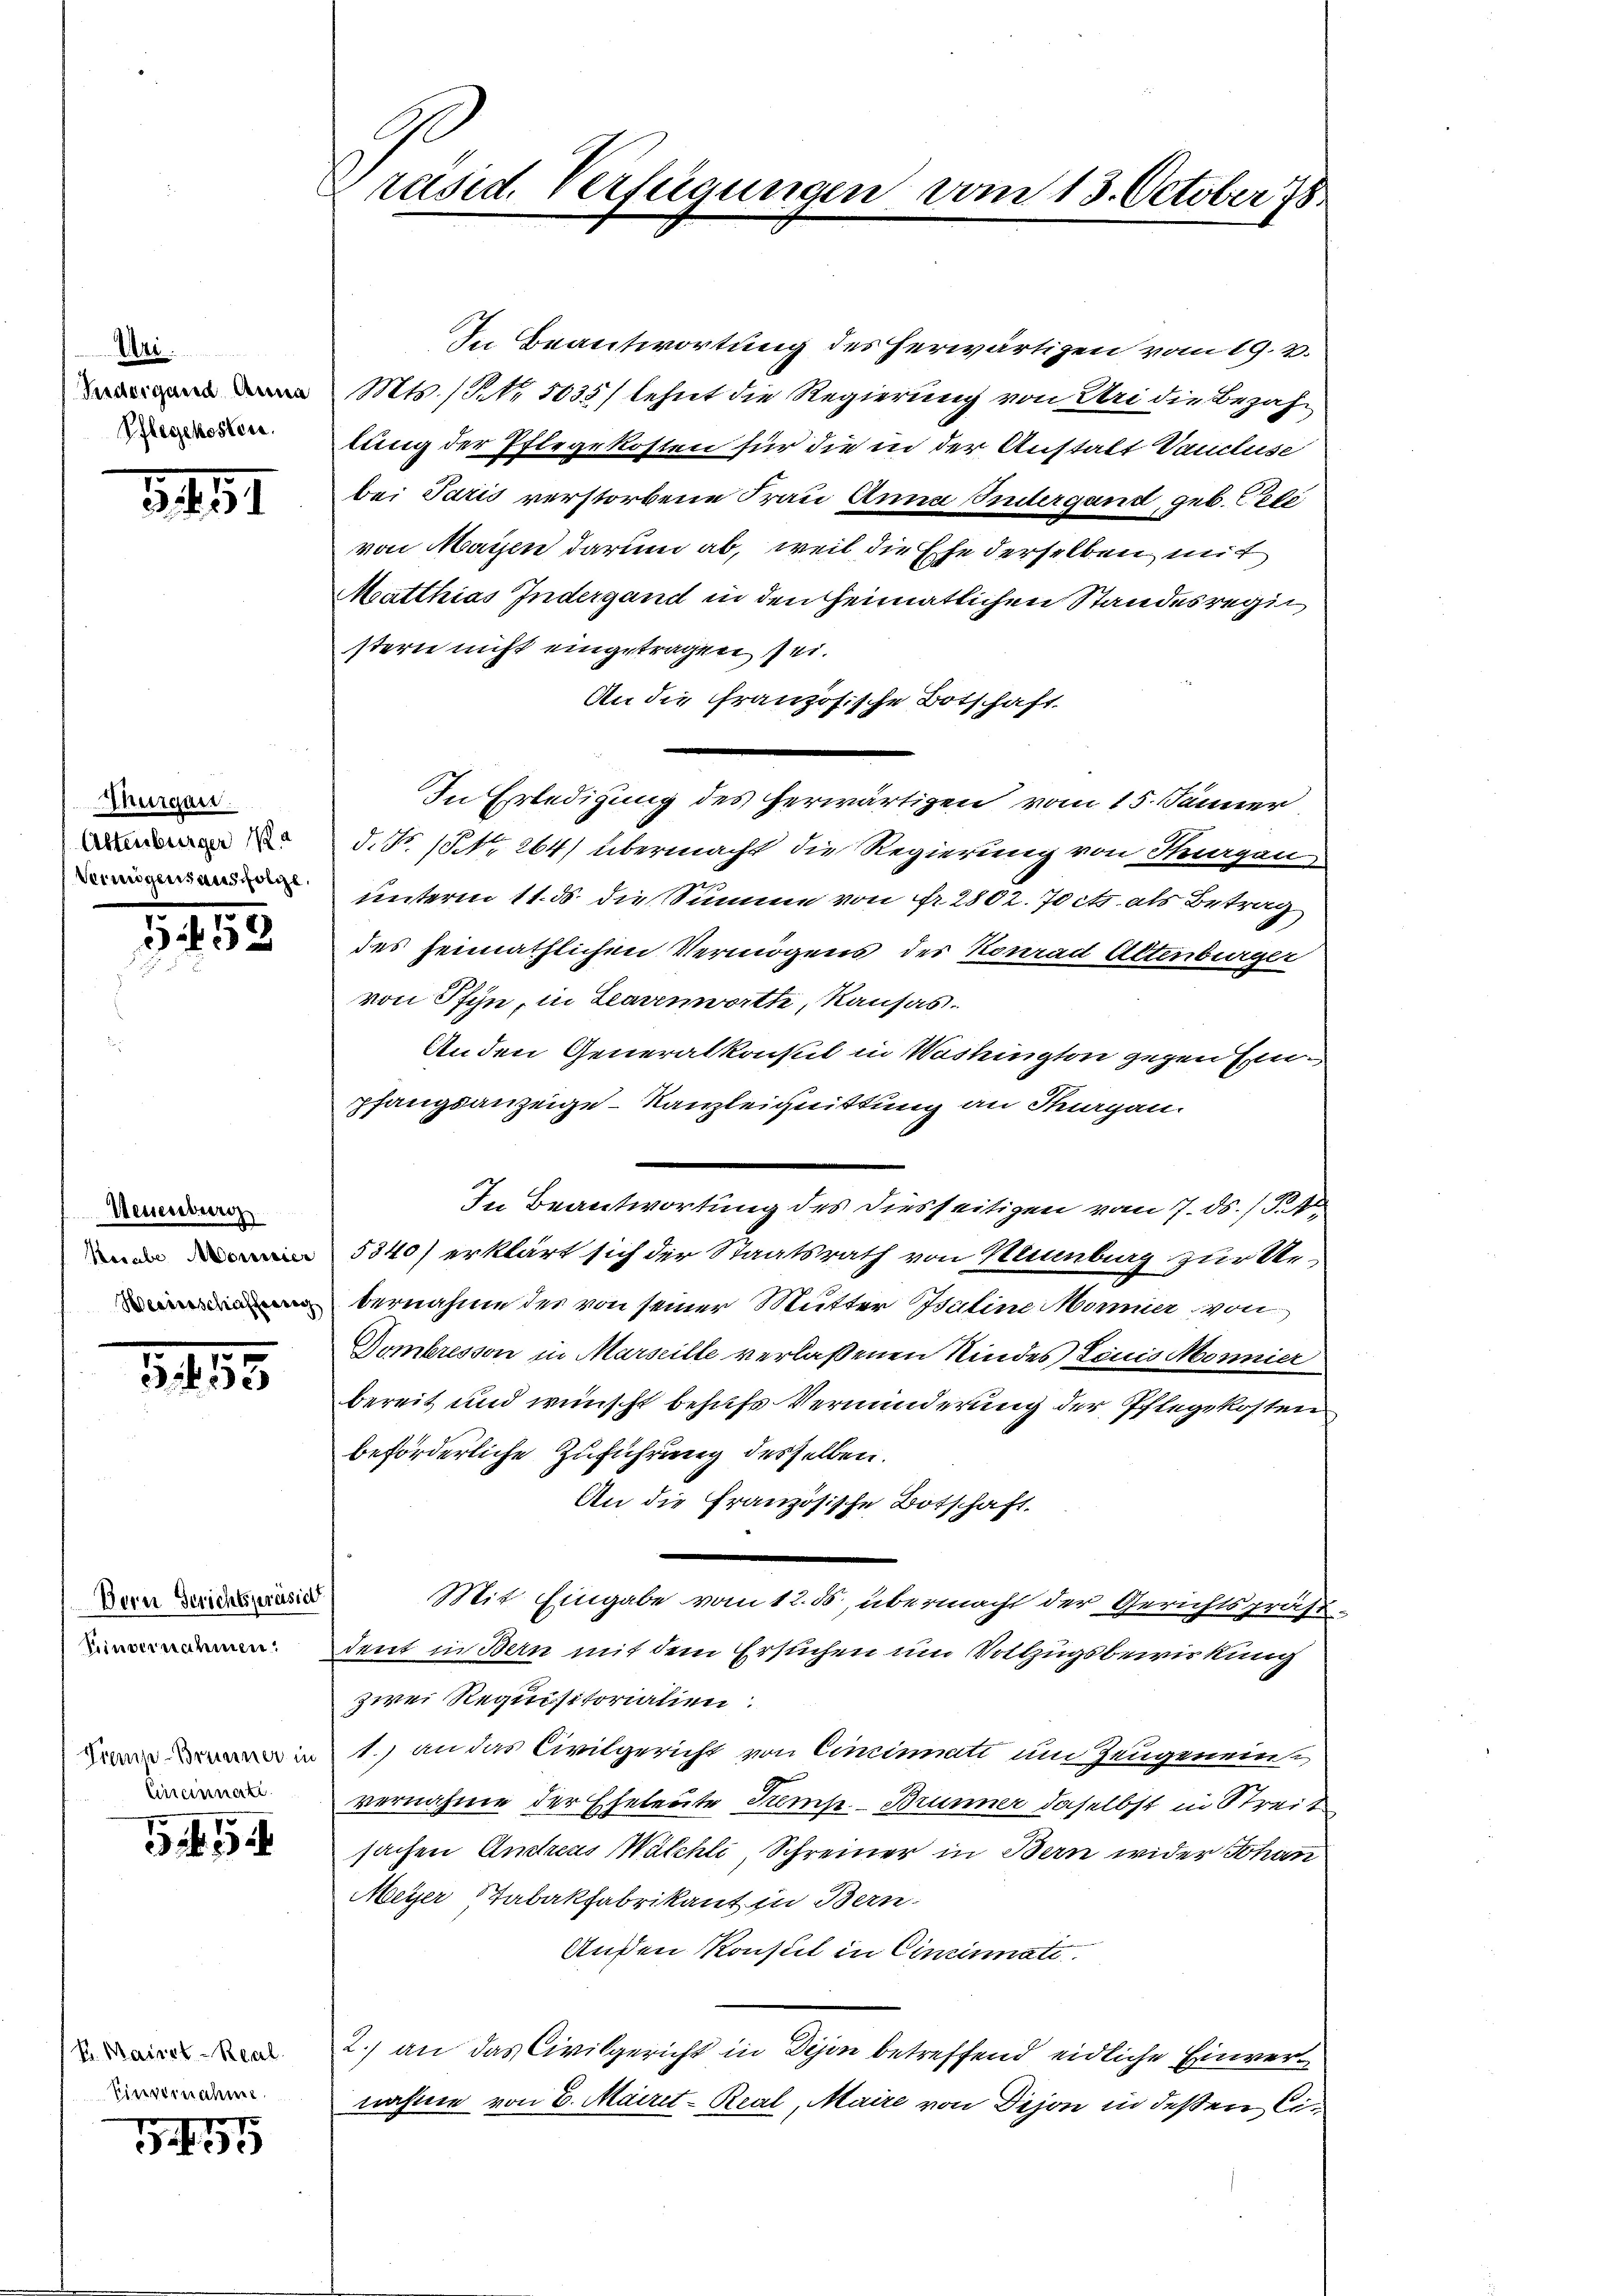
Uri.
Sedergand Anna
Pflegekosten.

1491

Thurgau.
Altenburger Ma
Keinigens ausfolge

559

Neuenburg
Kecabe Morier
Hesiodschaffenrich

553

Bern Gerichtspräsid
Einvernahmen:
Tiemp-Bommener in
Einamnati

54

Fr. Mairst Real
Einvernahme.

345

Präsid. Verfügungen vom 13. October 78

In Beantwortung des herwärtigen vom 19. 3.
Mts. (R.Nr. 5035) lehnt die Regierung von Uri die Bezahlung der Pflegekosten für die in der Anstalt Vancluse
bei Paris verstorbene Frau Anna Indergand, geb. Pete
von Mayen darum ab, weil die Ehe derselben mit
Keatthias Indergand in den heimatlichen Standesregie
stern nicht eingetragen sei.
An die französische Botschaft
In Erledigung des herwärtigen vom 15. Jänner
.No. 1. 264) übermacht die Regierung von Huegan
unterm 11. ds die Summe von Fr. 2802. Jett. als Betrag
des heimathlichen Vermögens des Konrad Altenburger
von Pfyn, in Leavenwartte, Kausas.
Anden Generalkonsul in Washington gegen Einpfangsanzeige-Kanzleichnittung an Stuargan.
In Beantwortung des diesseitigen vom 7. ds. (T.4
5340) erklärt sich der Staatsrath von Krunburg zur Uebernahme des von seiner Mutter Isuline Monner von
Dombresson in Marseille verlassenen Kindes Louis Monnier
bereit und wünscht behufs Verminderung der Pflegekosten
beförderliche Zuführung desselben.
An die Französische Botschaft.
Mit Eingabe vom 12. ds, übermacht der Gerichtspräsident in Bern mit dem Ersuchen um Vollzugsbewirkung
zwei Requisitorialien:
1.) an das Civilgericht von Cincinati am Zeugenein
vernahme der Eheleute Temp. - Brunner daselbst in Streit
sachen Andreas Walchli, Schreiner in Bern wider Johann
Meyer Tabakfabrikant in Bern-
Außen Konsul in Cincinati
2.) an das Civilgericht in Disen betreffend eidliche Einvernahme von 8. Mairet - Real, Maire von Dijon in deßen Ci¬